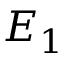
E _ { 1 }